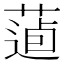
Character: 𦷿